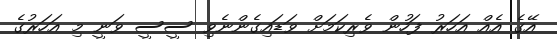
އޭގެ އެއް އަހަރު ފަހުން ވެރިކަމަށް ވަޑައިގެންނެވި ސީސީ ވަނީ މި އަހަރުގެ